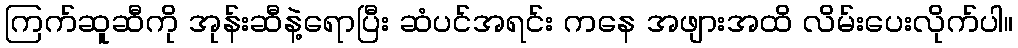
ကြက်ဆူဆီကို အုန်းဆီနဲ့ရောပြီး ဆံပင်အရင်း ကနေ အဖျားအထိ လိမ်းပေးလိုက်ပါ။